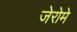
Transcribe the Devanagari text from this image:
जेरोमे